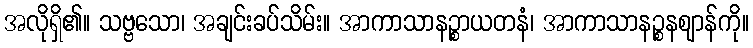
အလိုရှိ၏။ သဗ္ဗသော၊ အချင်းခပ်သိမ်း။ အာကာသာနဉ္စာယတနံ၊ အာကာသာနဉ္စနဈာန်ကို။